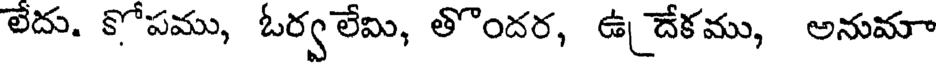
లేదు. కోపము, ఓర్వలేమి, తొందర, ఉ దేకము, అనుమా